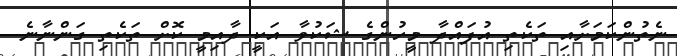
ނެތުންކަމަށާއި ތަކެތި އުފައްދާ މީހުންގެ ޝަކުވާ އަކީ ދާއިމީ ކޮށް ތަކެތި ގަންނާނެ